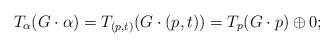
LaTeX: \begin{align*} T_{\alpha} (G \cdot \alpha) = T_{(p,t)} (G \cdot (p,t) ) = T_p (G \cdot p ) \oplus 0; \end{align*}